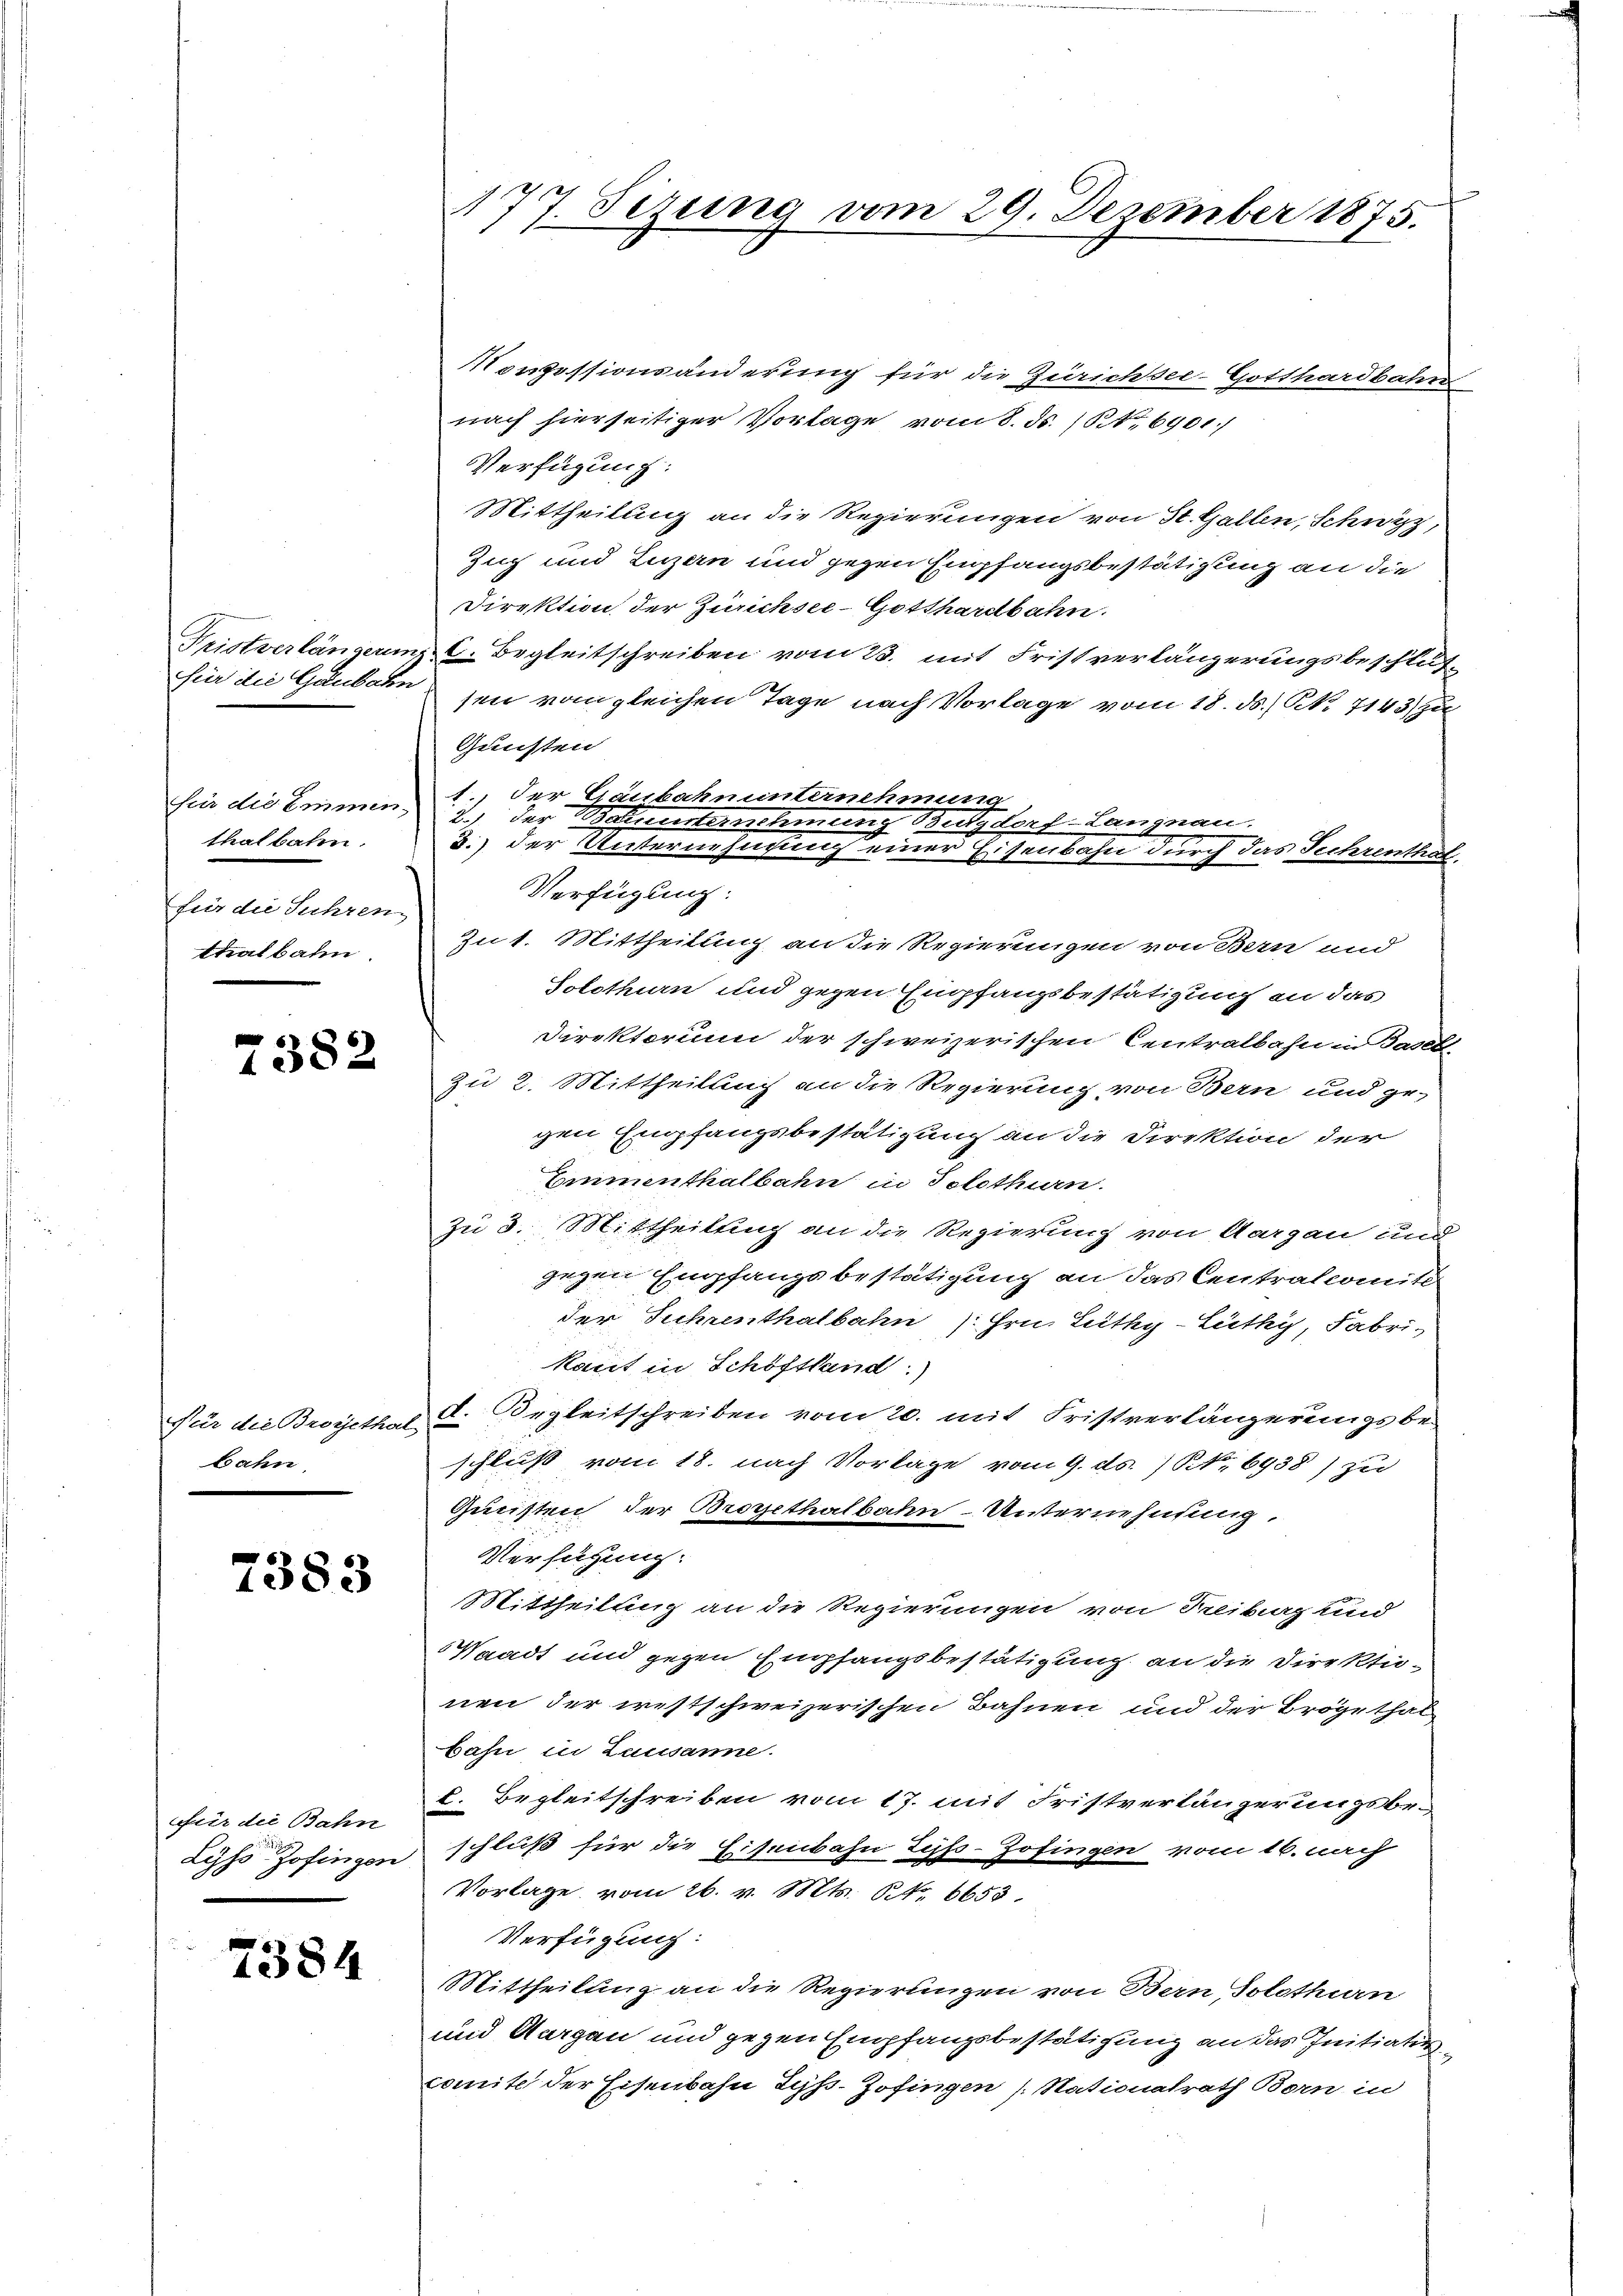
für die Gaubahn

für die Emmen,
thalbahn.
für die Suhren.
ttalbahn.

7382

bahn

7383

für die Bahn

7384

Nouissionsänderung für die Zürichsee-Gotthardbahn
nach hierseitiger Vorlage vom 8. ds. (NNo. 6901.
Verfügung:
Mittheilung an die Regierungen von St. Gallen, Schwyz,
Zug und Luzern und gegen Empfangsbestätigung an die
Direktion der Zürichsee-Gotthardbahn.
Fristverlängerung C. Begleitschreiben vom 23. mit Fristverlängerungsbeschlussen vom gleichen Tage nach Vorlage vom 18. ds.) No 7143/ zu
Gunsten
1., der Graubahn unternehmung
2.) Der Komiteinstimmung Burgdorf-Langnau.
3.) der Meiner einen nach einer Eisenbahn durch das Technentant.
Verfügung:
Zu 1. Mittheilung an die Regierungen von Bern und
Solothurn und gegen Empfangsbestätigung an das
Direktorium der schweizerischen Centralbahn in Basel-
Zu 2. Mittheilung an die Regierung von Bern und ge-
gen Empfangsbestätigung an die Direktion der
Cementhalbahn in Solothurn.
zu 3. Mittheilung an die Regierung von Aargau und
gegen Empfangsbestätigung an das Centralcomite
der Fuhrenthalbahn Hrn. Lüthy-Lüthy, Fabri-
Kant in Schöfsland)
Für die Brosethat u. Begleitschreiben vom 20. mit Fristverlängerungsbe-
schluß vom 18. nach Vorlage vom 9. ds. No. 6938) zu
Gunsten der Brogethalbahn-Unternehnung.
Verfügung:
Mittheilung an die Regierungen von Freiburg sind
Waadt und gegen Empfangsbestätigung an die Direktionen der westschweizerischen Bahnen und der Trögethat
bahn in Lausanne.
C. Begleitschreiben vom 17. mit Fristverlängerungsbe¬
Lyss Zofingen schluß für die Eisenbahn Lyß-Zofingen vom 16. nach
Vorlage vom 26. v. Mts. No. 6653.
Verfügung:
Mittheilung an die Regierungen von Bern Solothurn
und Aargau und gegen Empfangsbestätigung an das Initiativcomite der Eisenbahn Zyß-Zofingen (Nationalrath Born in

177. Sezung vom 29. Dezember 1875.